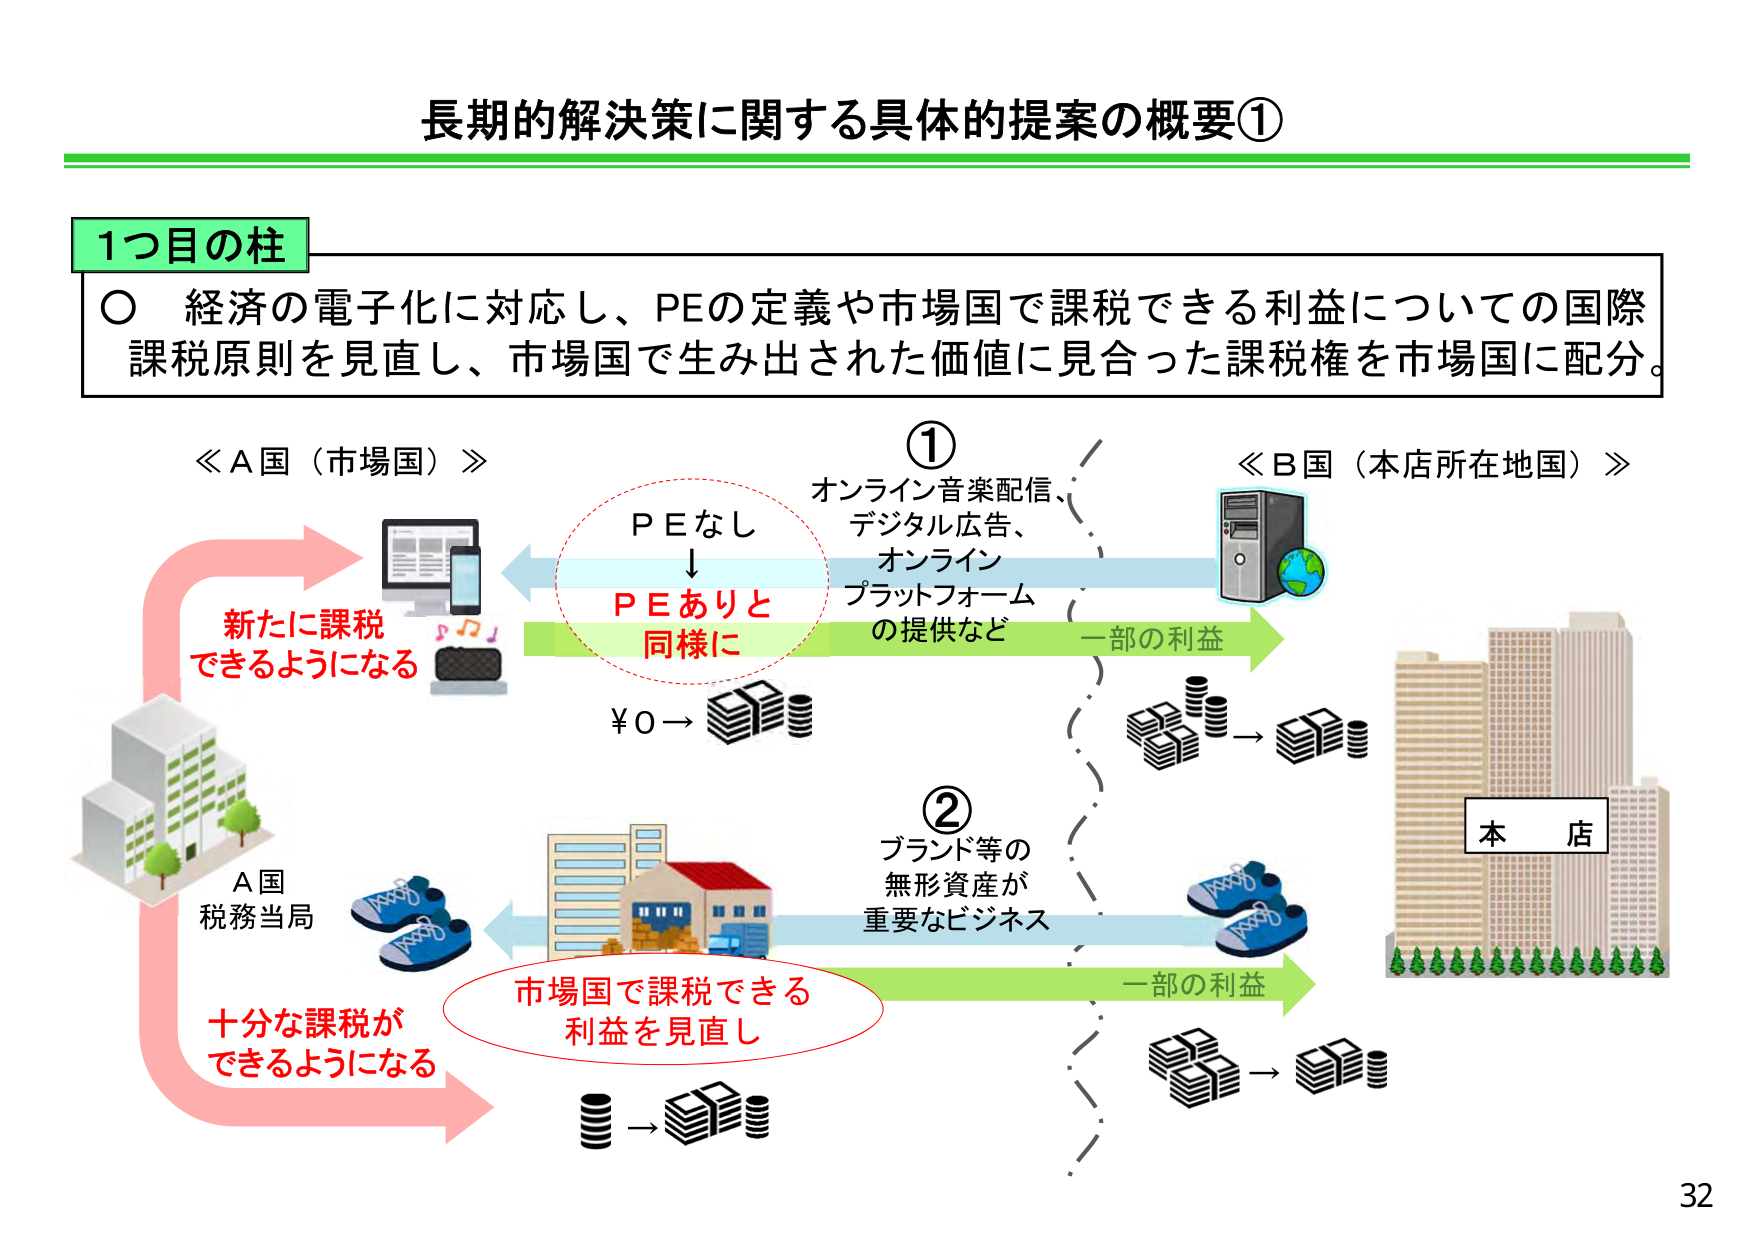
長期的解決策に関する具体的提案の概要①

1つ目の柱
○ 経済の電子化に対応し、PEの定義や市場国で課税できる利益についての国際課税原則を見直し、市場国で生み出された価値に見合った課税権を市場国に配分。

≪A国（市場国）≫
新たに課税できるようになる
A国
税務当局
十分な課税ができるようになる

P Eなし
↓
P Eありと
同様に
¥0 → [お金のアイコン]

①
オンライン音楽配信、
デジタル広告、
オンライン
プラットフォーム
の提供など
一部の利益

②
ブランド等の
無形資産が
重要なビジネス
一部の利益

≪B国（本店所在地国）≫
[コンピュータと地球のアイコン]
本店
[ビルのイラスト]

市場国で課税できる
利益を見直し
[お金のアイコン]

32